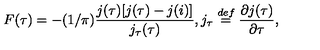
F ( \tau ) = - ( 1 / \pi ) \frac { j ( \tau ) [ j ( \tau ) - j ( i ) ] } { j _ { \tau } ( \tau ) } , j _ { \tau } \stackrel { d e f } { = } \frac { \partial j ( \tau ) } { \partial \tau } ,